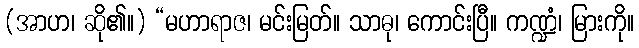
(အာဟ၊ ဆို၏။) “မဟာရာဇ၊ မင်းမြတ်။ သာဓု၊ ကောင်းပြီ။ ကဏ္ဍံ၊ မြားကို။